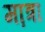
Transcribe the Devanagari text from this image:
मा़त्रा